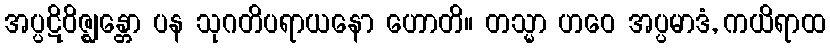
အပ္ပဋိဝိဇ္ဈန္တော ပန သုဂတိပရာယနော ဟောတိ။ တသ္မာ ဟဝေ အပ္ပမာဒံ, ကယိရာထ